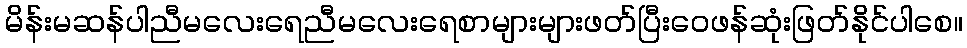
မိန်းမဆန်ပါညီမလေးရေညီမလေးရေစာများများဖတ်ပြီးဝေဖန်ဆုံးဖြတ်နိုင်ပါစေ။